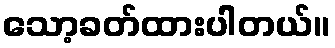
သော့ခတ်ထားပါတယ်။